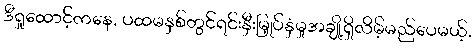
ဒီရှုထောင့်ကနေ, ပထမနှစ်တွင်ရင်းနှီးမြှုပ်နှံမှုအချို့ရှိလိမ့်မည်ပေမယ့်,